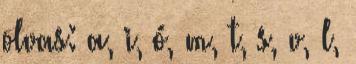
olvas: a, i, ó, m, t, s, v, l,